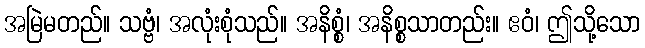
အမြဲမတည်။ သဗ္ဗံ၊ အလုံးစုံသည်။ အနိစ္စံ၊ အနိစ္စသာတည်း။ ဧဝံ၊ ဤသို့သော